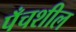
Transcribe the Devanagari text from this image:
पँचशील